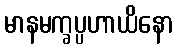
မာနမက္ခပ္ပဟာယိနော